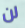
لن